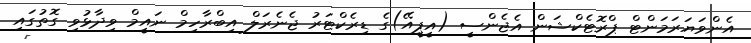
އެންވަޔަރަމަންޓް ޕްރޮޓެކްޝަން އެޖެންސީ (އީޕީއޭ)ގެ ޑިރެކްޓަރު ޖެނެރަލް އިބްރާހިމް ނައީމް ވިދާޅުވި ގޮތުގައި